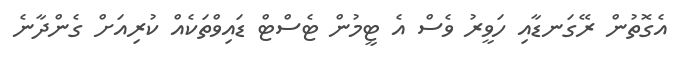
އެގޮތުން ރޭގަނޑާއި ހަވީރު ވެސް އެ ޓީމުން ޓެސްޓް ޑައިވްތަކެއް ކުރިއަށް ގެންދާނެ